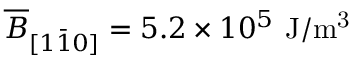
\overline { { B } } _ { [ 1 \bar { 1 } 0 ] } = 5 . 2 \times 1 0 ^ { 5 } ~ \mathrm { J / m ^ { 3 } }